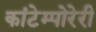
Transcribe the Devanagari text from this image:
कांटेम्पोरेरी